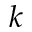
k